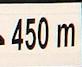
450